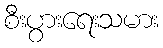
စီးပွားရေးသမား